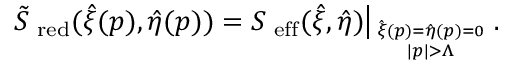
\left. \tilde { S } _ { \mathrm { \scriptsize ~ r e d } } ( \hat { \xi } ( p ) , \hat { \eta } ( p ) ) = S _ { \mathrm { \scriptsize ~ e f f } } ( \hat { \xi } , \hat { \eta } ) \right| _ { \hat { \xi } ( p ) = \hat { \eta } ( p ) = 0 \atop { | p | > \Lambda } } .